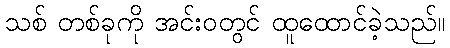
သစ် တစ်ခုကို အင်းဝတွင် ထူထောင်ခဲ့သည်။